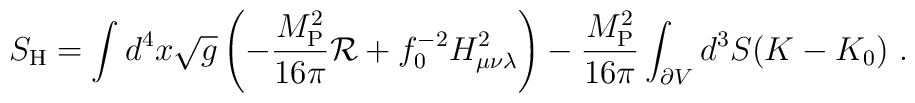
S_{\rm H} = \int d^4 x \sqrt g \left( - {M_{\rm P}^2 \over 16 \pi } {\cal R} +f_0^{-2}H_{\mu\nu\lambda}^2\right)- {M_{\rm P}^2 \over 16 \pi } \int_{\partial V} d^3 S (K - K_{0}) \ .